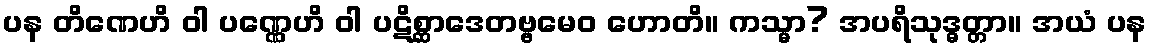
ပန တိဏေဟိ ဝါ ပဏ္ဏေဟိ ဝါ ပဋိစ္ဆာဒေတဗ္ဗမေဝ ဟောတိ။ ကသ္မာ? အပရိသုဒ္ဓတ္တာ။ အယံ ပန